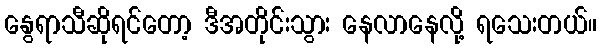
နွေရာသီဆိုရင်တော့ ဒီအတိုင်းသွား နေလာနေလို့ ရသေးတယ်။